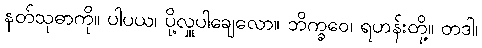
နတ်သုဓာကို။ ပါပယ၊ ပို့လှူပါချေလော။ ဘိက္ခဝေ၊ ရဟန်းတို့။ တဒါ၊